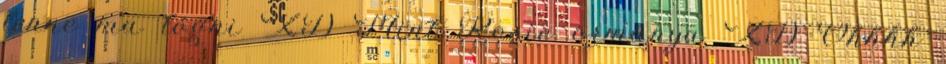
lenne ma lógni XD Mint Rosie ormánya XD Óhhhh